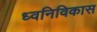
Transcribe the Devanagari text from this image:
ध्वनिविकास